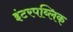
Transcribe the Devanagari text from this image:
इंटरपब्लिक